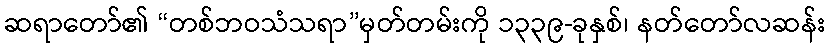
ဆရာတော်၏ “တစ်ဘဝသံသရာ”မှတ်တမ်းကို ၁၃၃၉-ခုနှစ်၊ နတ်တော်လဆန်း